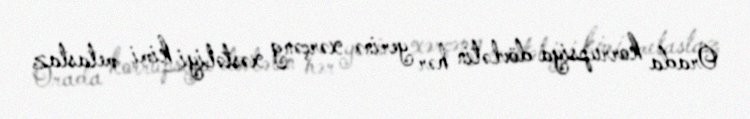
Orada korrupsiya dövlətin hər yerinə xərçəng xəstəliyi kimi metastaz